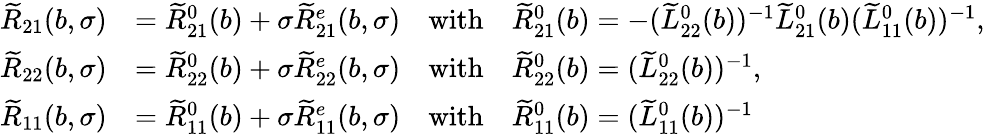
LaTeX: \begin{array}{rl}{\widetilde{R}_{21}(b,\sigma)}&{=\widetilde{R}_{21}^{0}(b)+\sigma\widetilde{R}_{21}^{e}(b,\sigma)\quad\mathrm{with}\quad\widetilde{R}_{21}^{0}(b)=-(\widetilde{L}_{22}^{0}(b))^{-1}\widetilde{L}_{21}^{0}(b)(\widetilde{L}_{11}^{0}(b))^{-1},}\\ {\widetilde{R}_{22}(b,\sigma)}&{=\widetilde{R}_{22}^{0}(b)+\sigma\widetilde{R}_{22}^{e}(b,\sigma)\quad\mathrm{with}\quad\widetilde{R}_{22}^{0}(b)=(\widetilde{L}_{22}^{0}(b))^{-1},}\\ {\widetilde{R}_{11}(b,\sigma)}&{=\widetilde{R}_{11}^{0}(b)+\sigma\widetilde{R}_{11}^{e}(b,\sigma)\quad\mathrm{with}\quad\widetilde{R}_{11}^{0}(b)=(\widetilde{L}_{11}^{0}(b))^{-1}}\end{array}